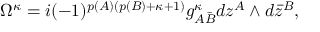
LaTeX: \Omega ^ { \kappa } = i ( - 1 ) ^ { p ( A ) ( p ( B ) + \kappa + 1 ) } g _ { A { \bar { B } } } ^ { \kappa } d z ^ { A } \wedge d { \bar { z } } ^ { B } ,